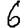
Digit: 6